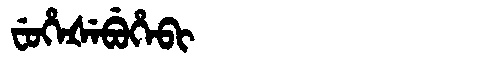
Manchu: ᠸᡠᡥᡝᡧᡝᠪᡠᡥᡝᠪᡳ
Romanization: FUHEŠEBUHEBI